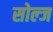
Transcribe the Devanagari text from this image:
सोल्ज